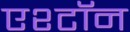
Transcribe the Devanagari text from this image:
एश्टॉन